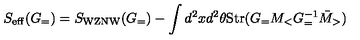
S _ { \mathrm { e f f } } ( G _ { = } ) = S _ { \mathrm { W Z N W } } ( G _ { = } ) - \int d ^ { 2 } x d ^ { 2 } \theta \mathrm { S t r } ( G _ { = } M _ { < } G _ { = } ^ { - 1 } \bar { M } _ { > } )